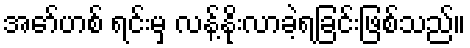
အော်ဟစ် ရင်းမှ လန့်နိုးလာခဲ့ရခြင်းဖြစ်သည်။